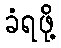
ခံရဖို့